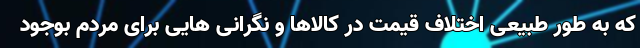
که به طور طبیعی اختلاف قیمت در کالاها و نگرانی هایی برای مردم بوجود